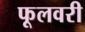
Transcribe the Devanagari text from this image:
फूलवरी